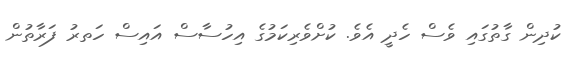
ކުދިން ގާތުގައި ވެސް ހެދީ އެވެ. ކުށްވެރިކަމުގެ އިހުސާސް އައިސް ހަތރު ފަރާތުން